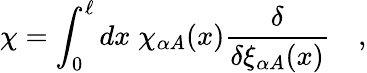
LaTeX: \chi=\int_{0}^{\ell}dx\; \chi_{\alpha A}(x){\frac{\delta}{\delta\xi_{\alpha A}(x)}}\quad,